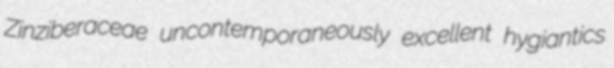
Zinziberaceae uncontemporaneously excellent hygiantics